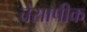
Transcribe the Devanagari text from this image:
चेसापीक